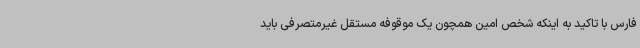
فارس با تاکید به اینکه شخص امین همچون یک موقوفه مستقل غیرمتصرفی باید